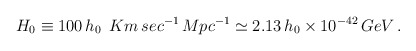
\begin{align*}H_{0}\equiv 100\,h_{0}\ \,Km\,sec^{-1}\,Mpc^{-1}\simeq 2.13\,h_{0}\times10^{-42}\,GeV\,. \end{align*}